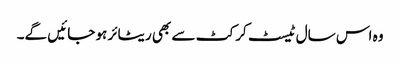
وہ اس سال ٹیسٹ کرکٹ سے بھی ریٹائر ہو جائیں گے۔